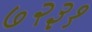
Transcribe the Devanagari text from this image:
७२३१